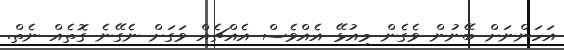
އަހަންނަށް ބޭނުން ވެގެން މިއުޅޭ އެއްވެސް އެއްޗެއް ވަގަށް ނެގޭނެ ގޮތެއް ނެތް.